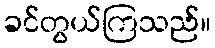
ခင်တွယ်ကြသည်။